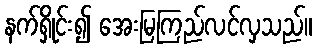
နက်ရှိုင်း၍ အေးမြကြည်လင်လှသည်။